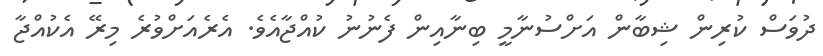
ދުވަސް ކުރިން ޝިބާން އަށްސުނާމީ ބިނާއިން ފެނުނު ކުއްޖާއެވެ. އެރެއަށްވުރެ މިރޭ އެކުއްޖާ